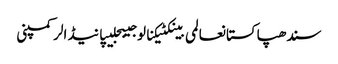
سندھپاکستانعالمی بینکٹیکنالوجیبجلیپانیڈالرکمپنی